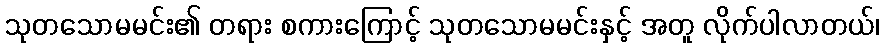
သုတသောမမင်း၏ တရား စကားကြောင့် သုတသောမမင်းနှင့် အတူ လိုက်ပါလာတယ်၊